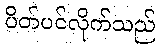
ပိတ်ပင်လိုက်သည်